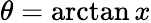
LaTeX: \theta=\arctan x